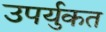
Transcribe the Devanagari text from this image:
उपर्युकत